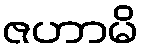
ဇဟာမိ